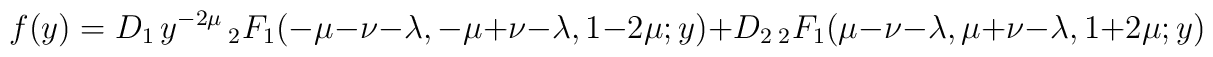
f(y)=D_1 \, y^{-2\mu} \, {_2F_1}(-\mu-\nu-\lambda,-\mu+\nu-\lambda,1-2\mu;y)+D_2 \, {_2F_1}(\mu-\nu-\lambda,\mu+\nu-\lambda,1+2\mu;y)